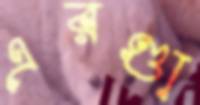
এরণ্ডা